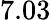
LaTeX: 7.03